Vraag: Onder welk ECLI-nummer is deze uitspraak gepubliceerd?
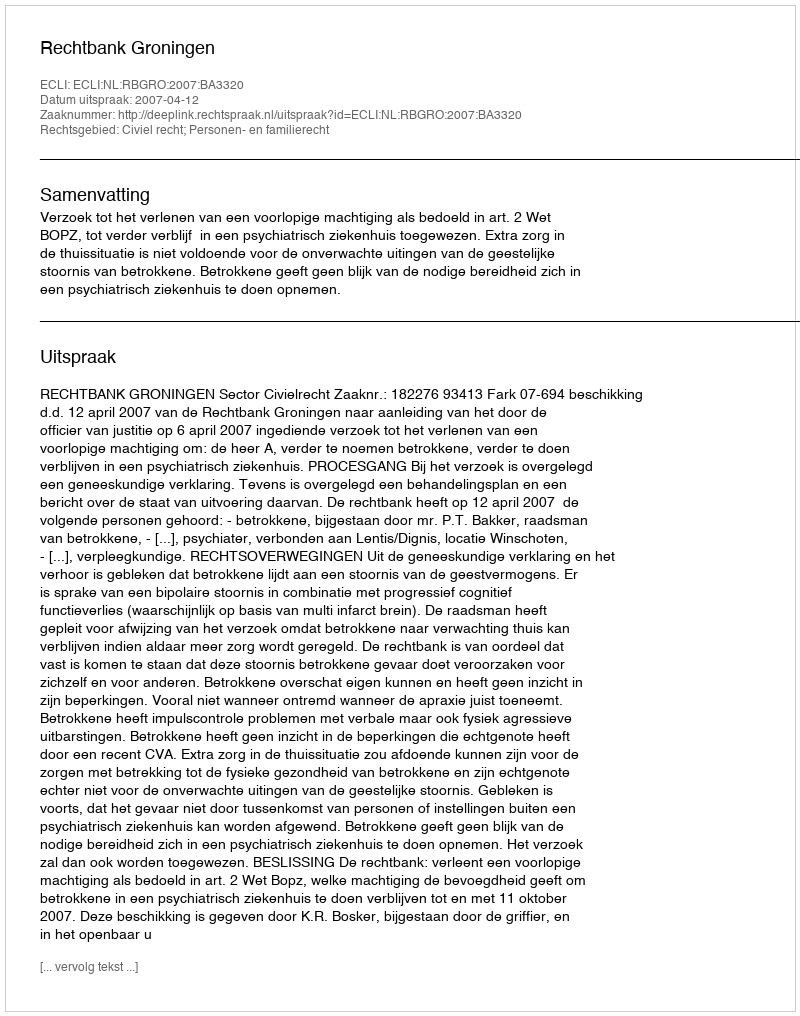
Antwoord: ECLI:NL:RBGRO:2007:BA3320